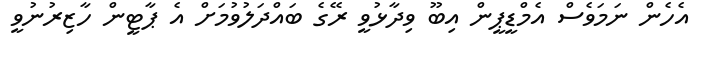
އެހެން ނަމަވެސް އެމްޑީޕީން އިބޫ ވިދާޅުވީ ރޭގެ ބައްދަލުވުމަށް އެ ޕާޓީން ހާޒިރުނުވީ